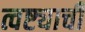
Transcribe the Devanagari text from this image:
त्वष्ट्याची